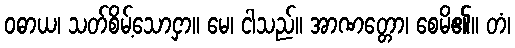
ဝဓာယ၊ သတ်စိမ့်သောငှာ။ မေ၊ ငါသည်။ အာဏတ္တော၊ စေမိ၏။ တံ၊